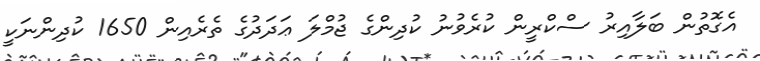
އެގޮތުން ބަލާއިރު ސްކްރީން ކުރެވުނު ކުދިންގެ ޖުމްލަ ޢަދަދުގެ ތެރެއިން 1650 ކުދިންނަކީ